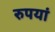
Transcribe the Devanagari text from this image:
रुपयां